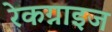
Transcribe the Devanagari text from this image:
रेकग्नाइज